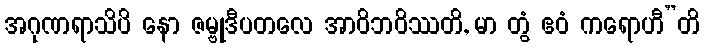
အဂုဏရာသိပိ နော ဇမ္ဗုဒီပတလေ အာဝိဘဝိဿတိ, မာ တွံ ဧဝံ ကရောဟီ”တိ